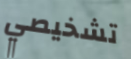
تشخيصي